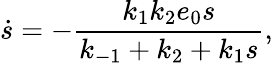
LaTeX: \dot{s}=-\frac{k_{1}k_{2}e_{0}s}{k_{-1}+k_{2}+k_{1}s},